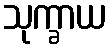
သုက္ခာယ